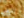
انهض